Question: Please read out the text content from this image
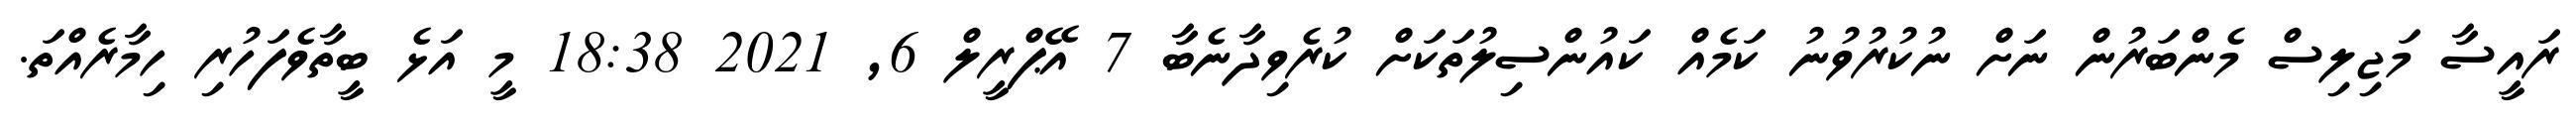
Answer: ރައީސާ މަޖިލިސް މެންބަރުން ނަށް ނުކުރުވުނު ކަމެއް ކައުންސިލުތަކަށް ކުރެވިދާނެބާ 7 އޭޕްރީލް 6, 2021 18:38 މީ އަޅެ ބީތާވެފަހުރި ހިމާރެއްތަ.